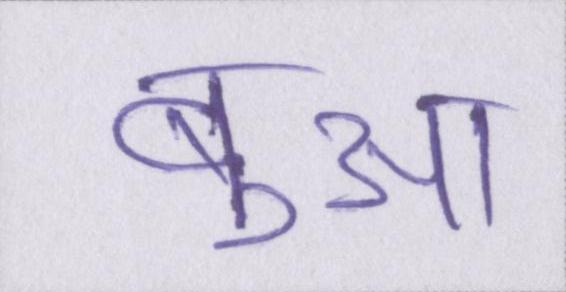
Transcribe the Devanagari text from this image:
बुआ